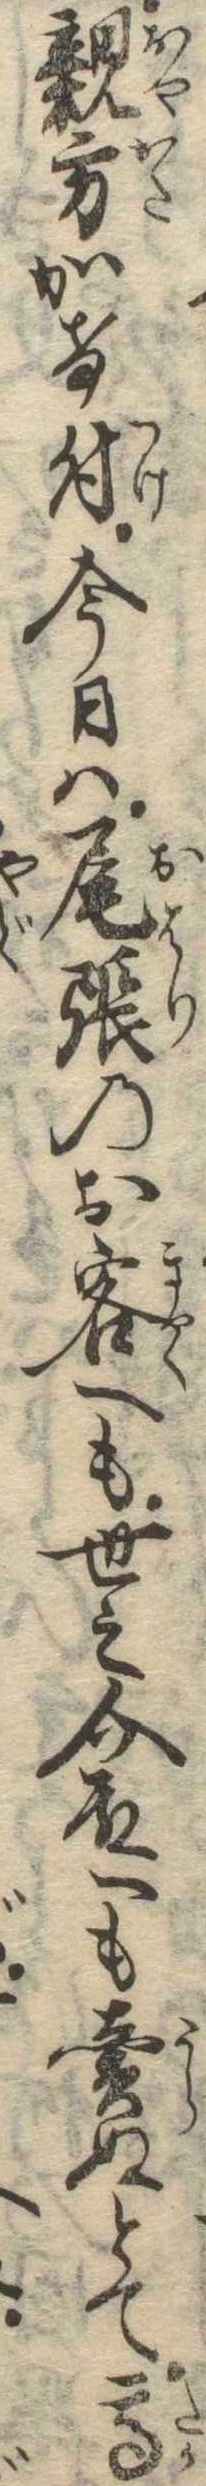
親方かけ付今日は尾張のお客へも世之介殿へも売ぬとて高